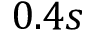
0 . 4 s